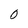
Character: O